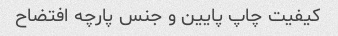
کیفیت چاپ پایین و جنس پارچه افتضاح